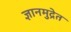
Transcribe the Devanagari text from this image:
ज्ञानमुद्रेत